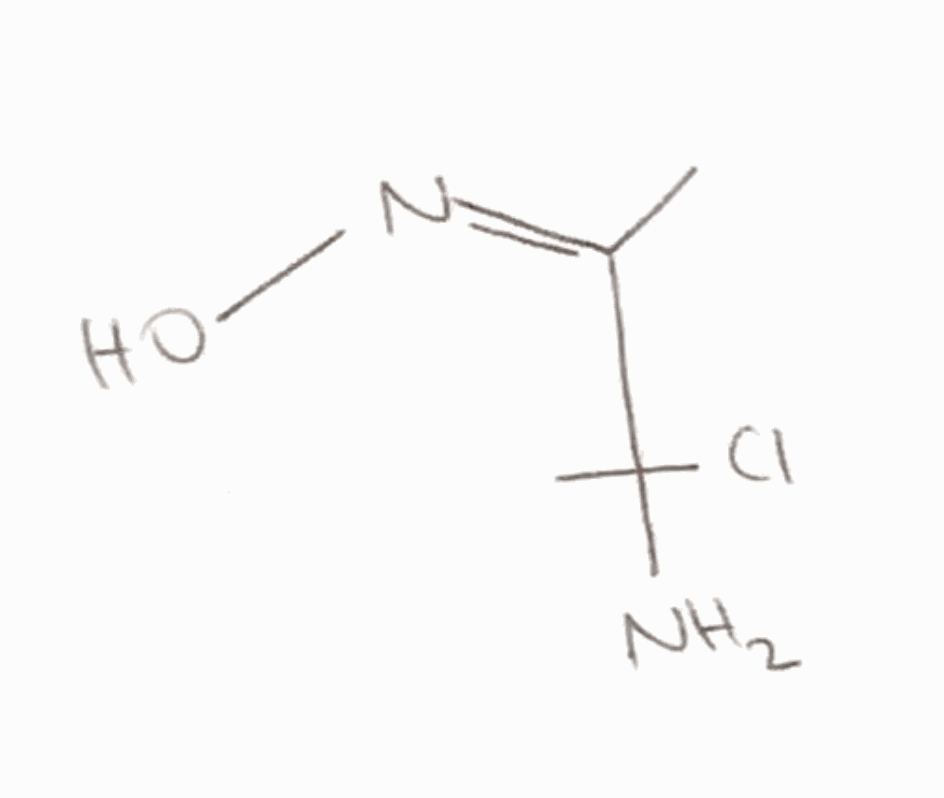
Simplified molecular-input line-entry system (SMILES) notation of the given molecule:
C/C(=N/O)/C(C)(N)Cl